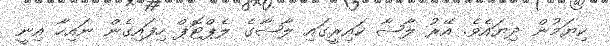
ކިޔަމުން ދިޔައެވެ. އޭރު ލާޝާ ކައިރީގައި ލާޝާގެ ލެޕްޓޮޕް ހިފައިގެން ނައިހާ އިނީ